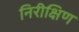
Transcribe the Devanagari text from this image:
निरीक्षिण